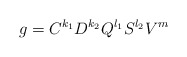
\begin{align*}g = C^{k_1} D^{k_2} Q^{l_1} S^{l_2} V^m\end{align*}